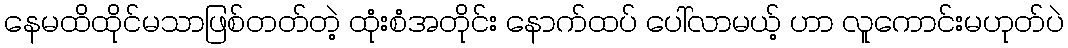
နေမထိထိုင်မသာဖြစ်တတ်တဲ့ ထုံးစံအတိုင်း နောက်ထပ် ပေါ်လာမယ့် ဟာ လူကောင်းမဟုတ်ပဲ